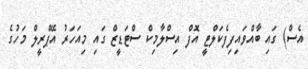
އެސް) ގައި ބާއްވައިފިފެކަލްޓީ އޮފް އިސްލާމިކް ސްޓަޑީޒް ގައި މިއަހަރު އޭޕްރީލް މަހުގެ